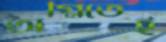
অগ্নিতেই